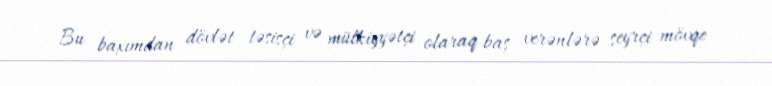
Bu baxımdan dövlət təsisçi və mülkiyyətçi olaraq baş verənlərə seyrçi mövqe